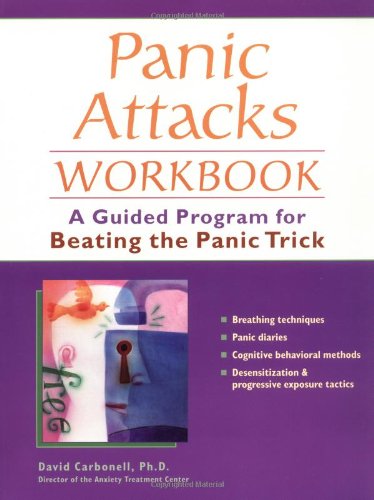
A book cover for Panic Attacks Workbook: A Guided Program for Beating the Panic Trick; David Carbonell; Health, Fitness & Dieting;